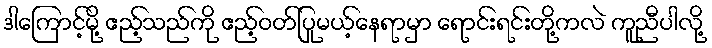
ဒါကြောင့်မို့ ဧည့်သည်ကို ဧည့်ဝတ်ပြုမယ့်နေရာမှာ ရောင်းရင်းတို့ကလဲ ကူညီပါလို့